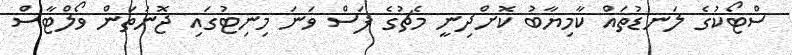
ސްޓޯކުގެ ލަނޑުތައް ކާމިޔާބު ކޮށްދިނީ މެޗުގެ ފަސް ވަނަ މިނިޓުގައި ޖޮނަތަން ވޯލްޓާސް